King Institute of Preventive Medicine Bacteriolog. Section reports 1907-08
Year: 1907
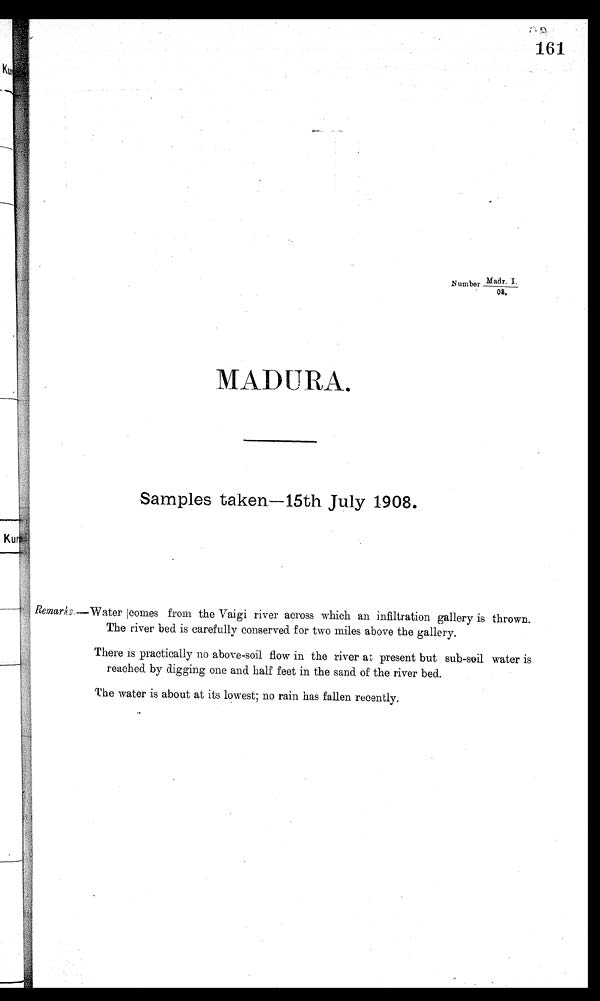
161
.
Number Madr. I.
08.
MADURA.
Samples taken-15th July 1908.
Remarks.—Water comes from the Vaigi river across which an infiltration gallery is thrown.
The river bed is carefully conserved for two miles above the gallery.
There is practically no above-soil flow in the river at present but sub-soil water is
reached by digging one and half feet in the sand of the river bed.
The water is about at its lowest; no rain has fallen recently.